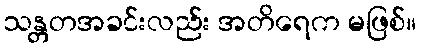
သန္တတအခင်းလည်း အတိရေက မဖြစ်။